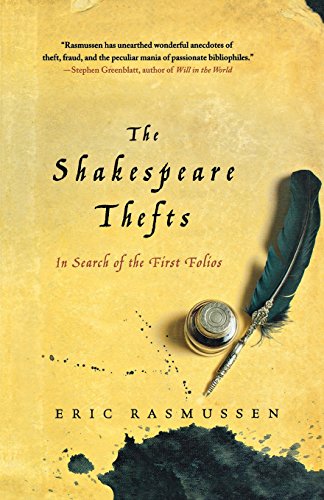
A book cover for The Shakespeare Thefts: In Search of the First Folios; Eric Rasmussen; Crafts, Hobbies & Home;